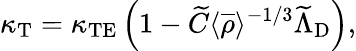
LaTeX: \kappa_{\textrm{T}}=\kappa_{\textrm{TE}}\left({1-\widetilde{C}\langle{\overline{{\rho}}}\rangle^{-1/3}\widetilde{\Lambda}_{\mathrm{{D}}}}\right),